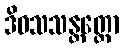
ဒိဝသသန္တတ္တော